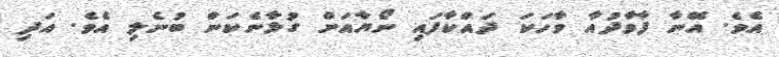
އެވެ. އޭނާ ފާވާދުއާ ވާހަކަ ދައްކާފައި ނޯޔާއަށް ގުޅާނެކަން ބުނެލި އެވެ. އަދި